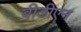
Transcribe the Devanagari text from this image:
बीडीएन